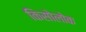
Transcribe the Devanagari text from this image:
किसोलोक